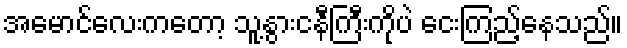
အမောင်လေးကတော့ သူ့နွားငနီကြီးကိုပဲ ငေးကြည့်နေသည်။